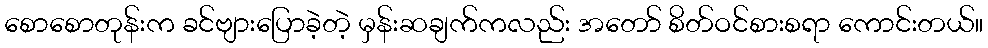
စောစောတုန်းက ခင်ဗျားပြောခဲ့တဲ့ မှန်းဆချက်ကလည်း အတော် စိတ်ဝင်စားစရာ ကောင်းတယ်။